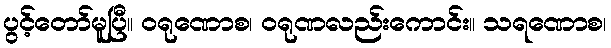
ပွင့်တော်မူပြီ။ ဝရုဏောစ၊ ဝရုဏလည်းကောင်း။ သရဏောစ၊